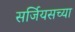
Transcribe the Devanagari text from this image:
सर्जियसच्या